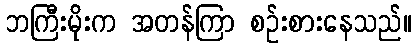
ဘကြီးမိုးက အတန်ကြာ စဉ်းစားနေသည်။